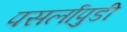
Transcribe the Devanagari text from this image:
पसर्लापुडी